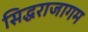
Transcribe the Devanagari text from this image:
सिद्धराजागम